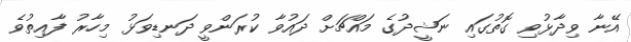
އޭނާ ވިދާޅުވި ގޮތުގައި ނަޝީދުގެ މައްޗަށް ދައުވާ ކުރަންވީ ދަނޑިވަޅު މިހާރު ފާއިތުވެ